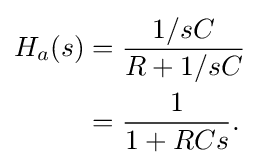
{\begin{aligned}H_{a}(s)&={\frac {1/sC}{R+1/sC}}\\&={\frac {1}{1+RCs}}.\end{aligned}}